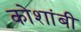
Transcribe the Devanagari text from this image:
कोशांबी